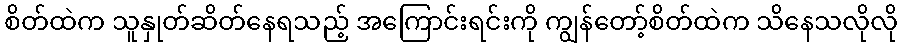
စိတ်ထဲက သူနှုတ်ဆိတ်နေရသည့် အကြောင်းရင်းကို ကျွန်တော့်စိတ်ထဲက သိနေသလိုလို